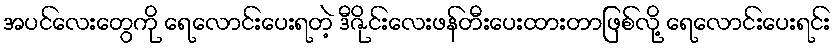
အပင်လေးတွေကို ရေလောင်းပေးရတဲ့ ဒီဇိုင်းလေးဖန်တီးပေးထားတာဖြစ်လို့ ရေလောင်းပေးရင်း